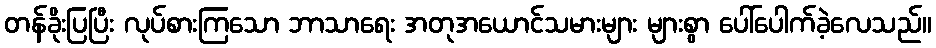
တန်ခိုးပြပြီး လုပ်စားကြသော ဘာသာရေး အတုအယောင်သမားများ များစွာ ပေါ်ပေါက်ခဲ့လေသည်။